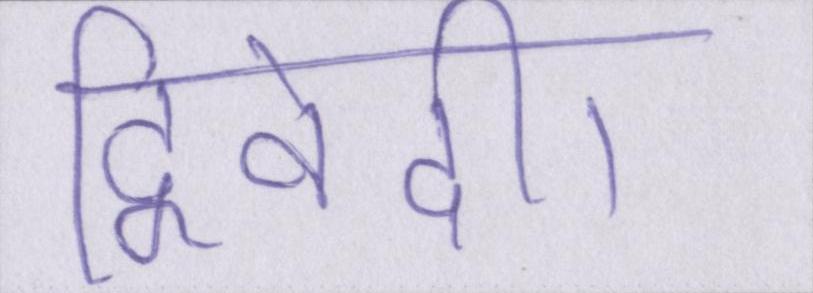
द्विवेदी।